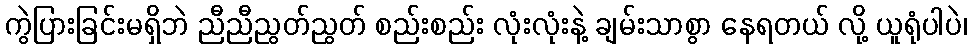
ကွဲပြားခြင်းမရှိဘဲ ညီညီညွတ်ညွတ် စည်းစည်း လုံးလုံးနဲ့ ချမ်းသာစွာ နေရတယ် လို့ ယူရုံပါပဲ၊